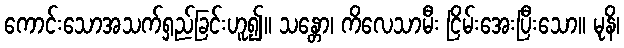
ကောင်းသောအသက်ရှည်ခြင်းဟူ၍။ သန္တော၊ ကိလေသာမီး ငြိမ်းအေးပြီးသော။ မုနိ၊